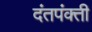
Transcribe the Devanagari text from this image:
दंतपंक्ती